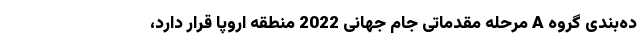
ده‌بندی گروه A مرحله مقدماتی جام جهانی 2022 منطقه اروپا قرار دارد،